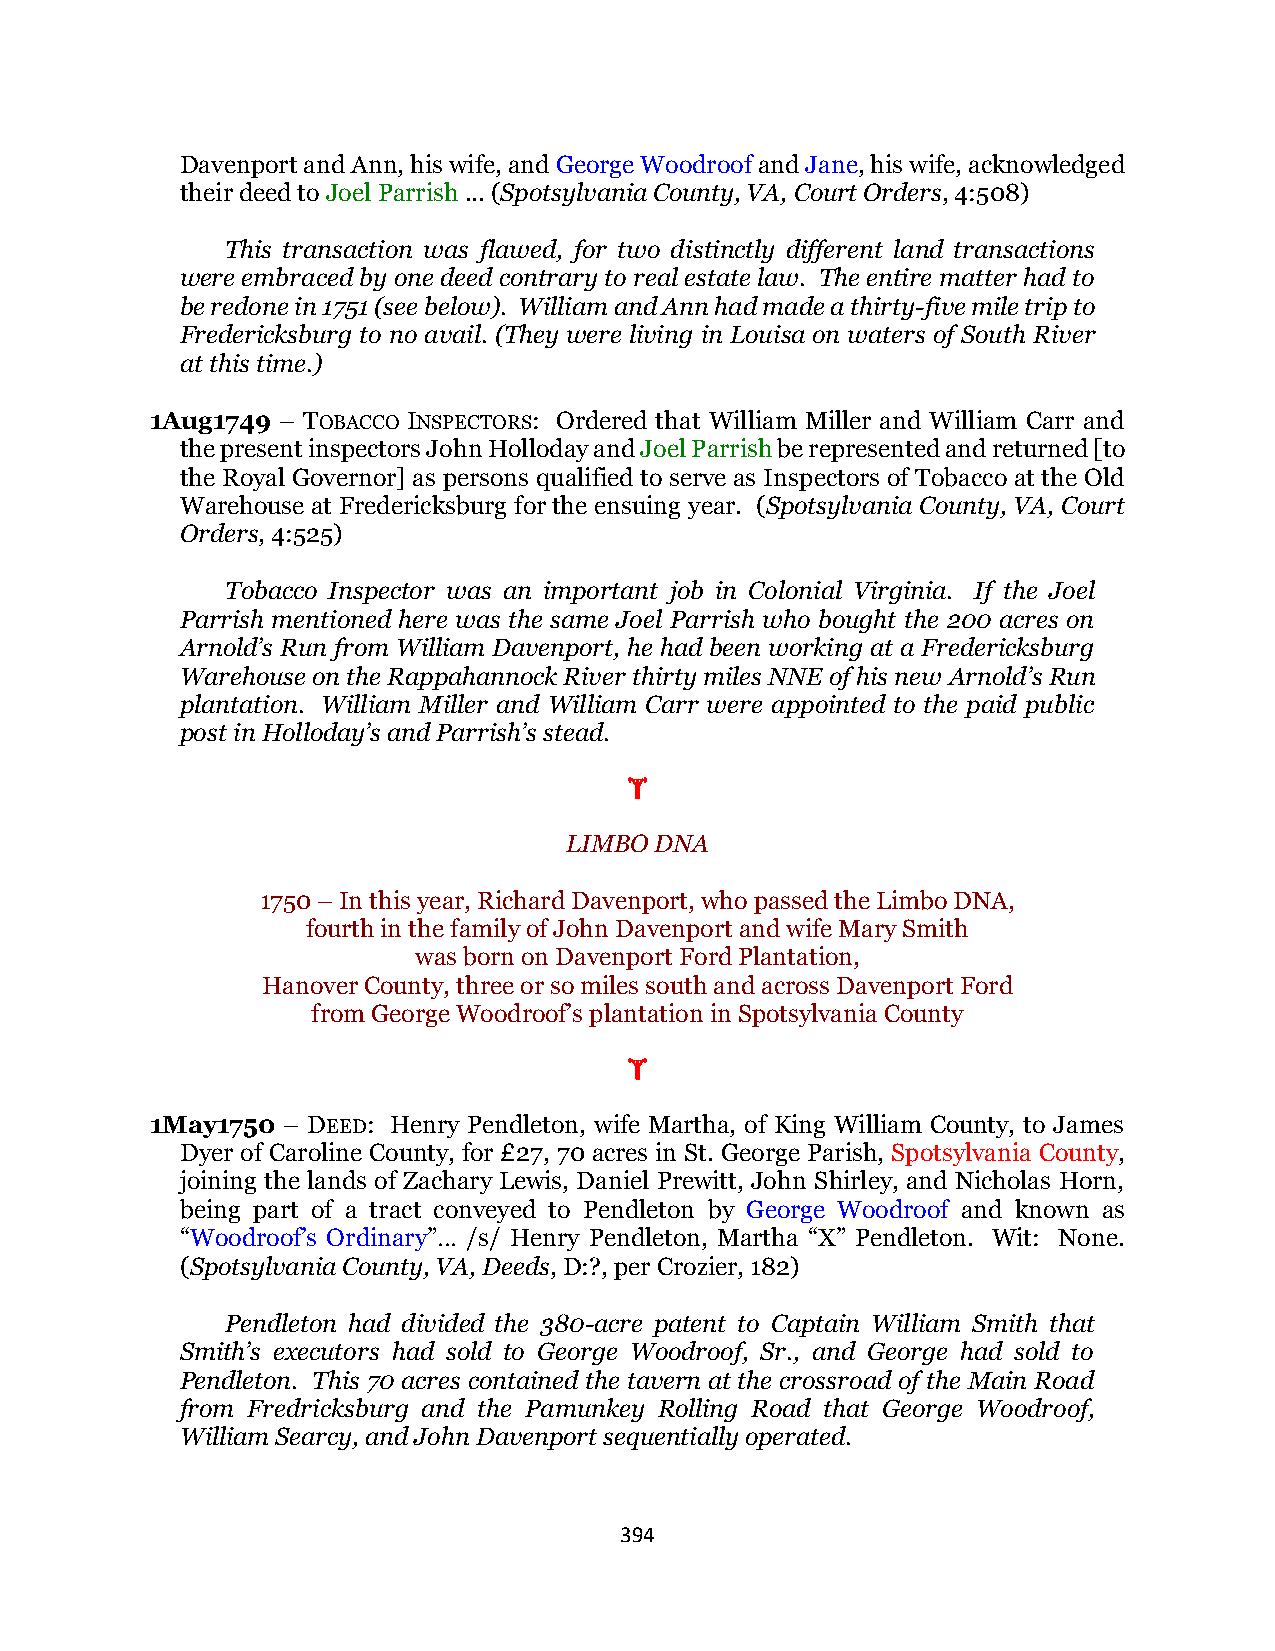
Davenport and Ann, his wife, and George Woodroof and Jane, his wife, acknowledged
 their deed to Joel Parrish ... (Spotsylvania County, VA, Court Orders, 4:508)
 This transaction was flawed, for two distinctly different land transactions
 were embraced by one deed contrary to real estate law. The entire matter had to
 be redone in 1751 (see below). William and Ann had made a thirty-five mile trip to
 Fredericksburg to no avail. (They were living in Louisa on waters of South River
 at this time.)
 1Aug1749 – TOBACCO INSPECTORS: Ordered that William Miller and William Carr and
 the present inspectors John Holloday and Joel Parrish be represented and returned [to
 the Royal Governor] as persons qualified to serve as Inspectors of Tobacco at the Old
 Warehouse at Fredericksburg for the ensuing year. (Spotsylvania County, VA, Court
 Orders, 4:525)
 Tobacco Inspector was an important job in Colonial Virginia. If the Joel
 Parrish mentioned here was the same Joel Parrish who bought the 200 acres on
 Arnold’s Run from William Davenport, he had been working at a Fredericksburg
 Warehouse on the Rappahannock River thirty miles NNE of his new Arnold’s Run
 plantation. William Miller and William Carr were appointed to the paid public
 post in Holloday’s and Parrish’s stead.
 
 LIMBO DNA
 1750 – In this year, Richard Davenport, who passed the Limbo DNA,
 fourth in the family of John Davenport and wife Mary Smith
 was born on Davenport Ford Plantation,
 Hanover County, three or so miles south and across Davenport Ford
 from George Woodroof’s plantation in Spotsylvania County
 
 1May1750 – DEED: Henry Pendleton, wife Martha, of King William County, to James
 Dyer of Caroline County, for £27, 70 acres in St. George Parish, Spotsylvania County,
 joining the lands of Zachary Lewis, Daniel Prewitt, John Shirley, and Nicholas Horn,
 being part of a tract conveyed to Pendleton by George Woodroof and known as
 “Woodroof’s Ordinary”… /s/ Henry Pendleton, Martha “X” Pendleton. Wit: None.
 (Spotsylvania County, VA, Deeds, D:?, per Crozier, 182)
 Pendleton had divided the 380-acre patent to Captain William Smith that
 Smith’s executors had sold to George Woodroof, Sr., and George had sold to
 Pendleton. This 70 acres contained the tavern at the crossroad of the Main Road
 from Fredricksburg and the Pamunkey Rolling Road that George Woodroof,
 William Searcy, and John Davenport sequentially operated.
 394